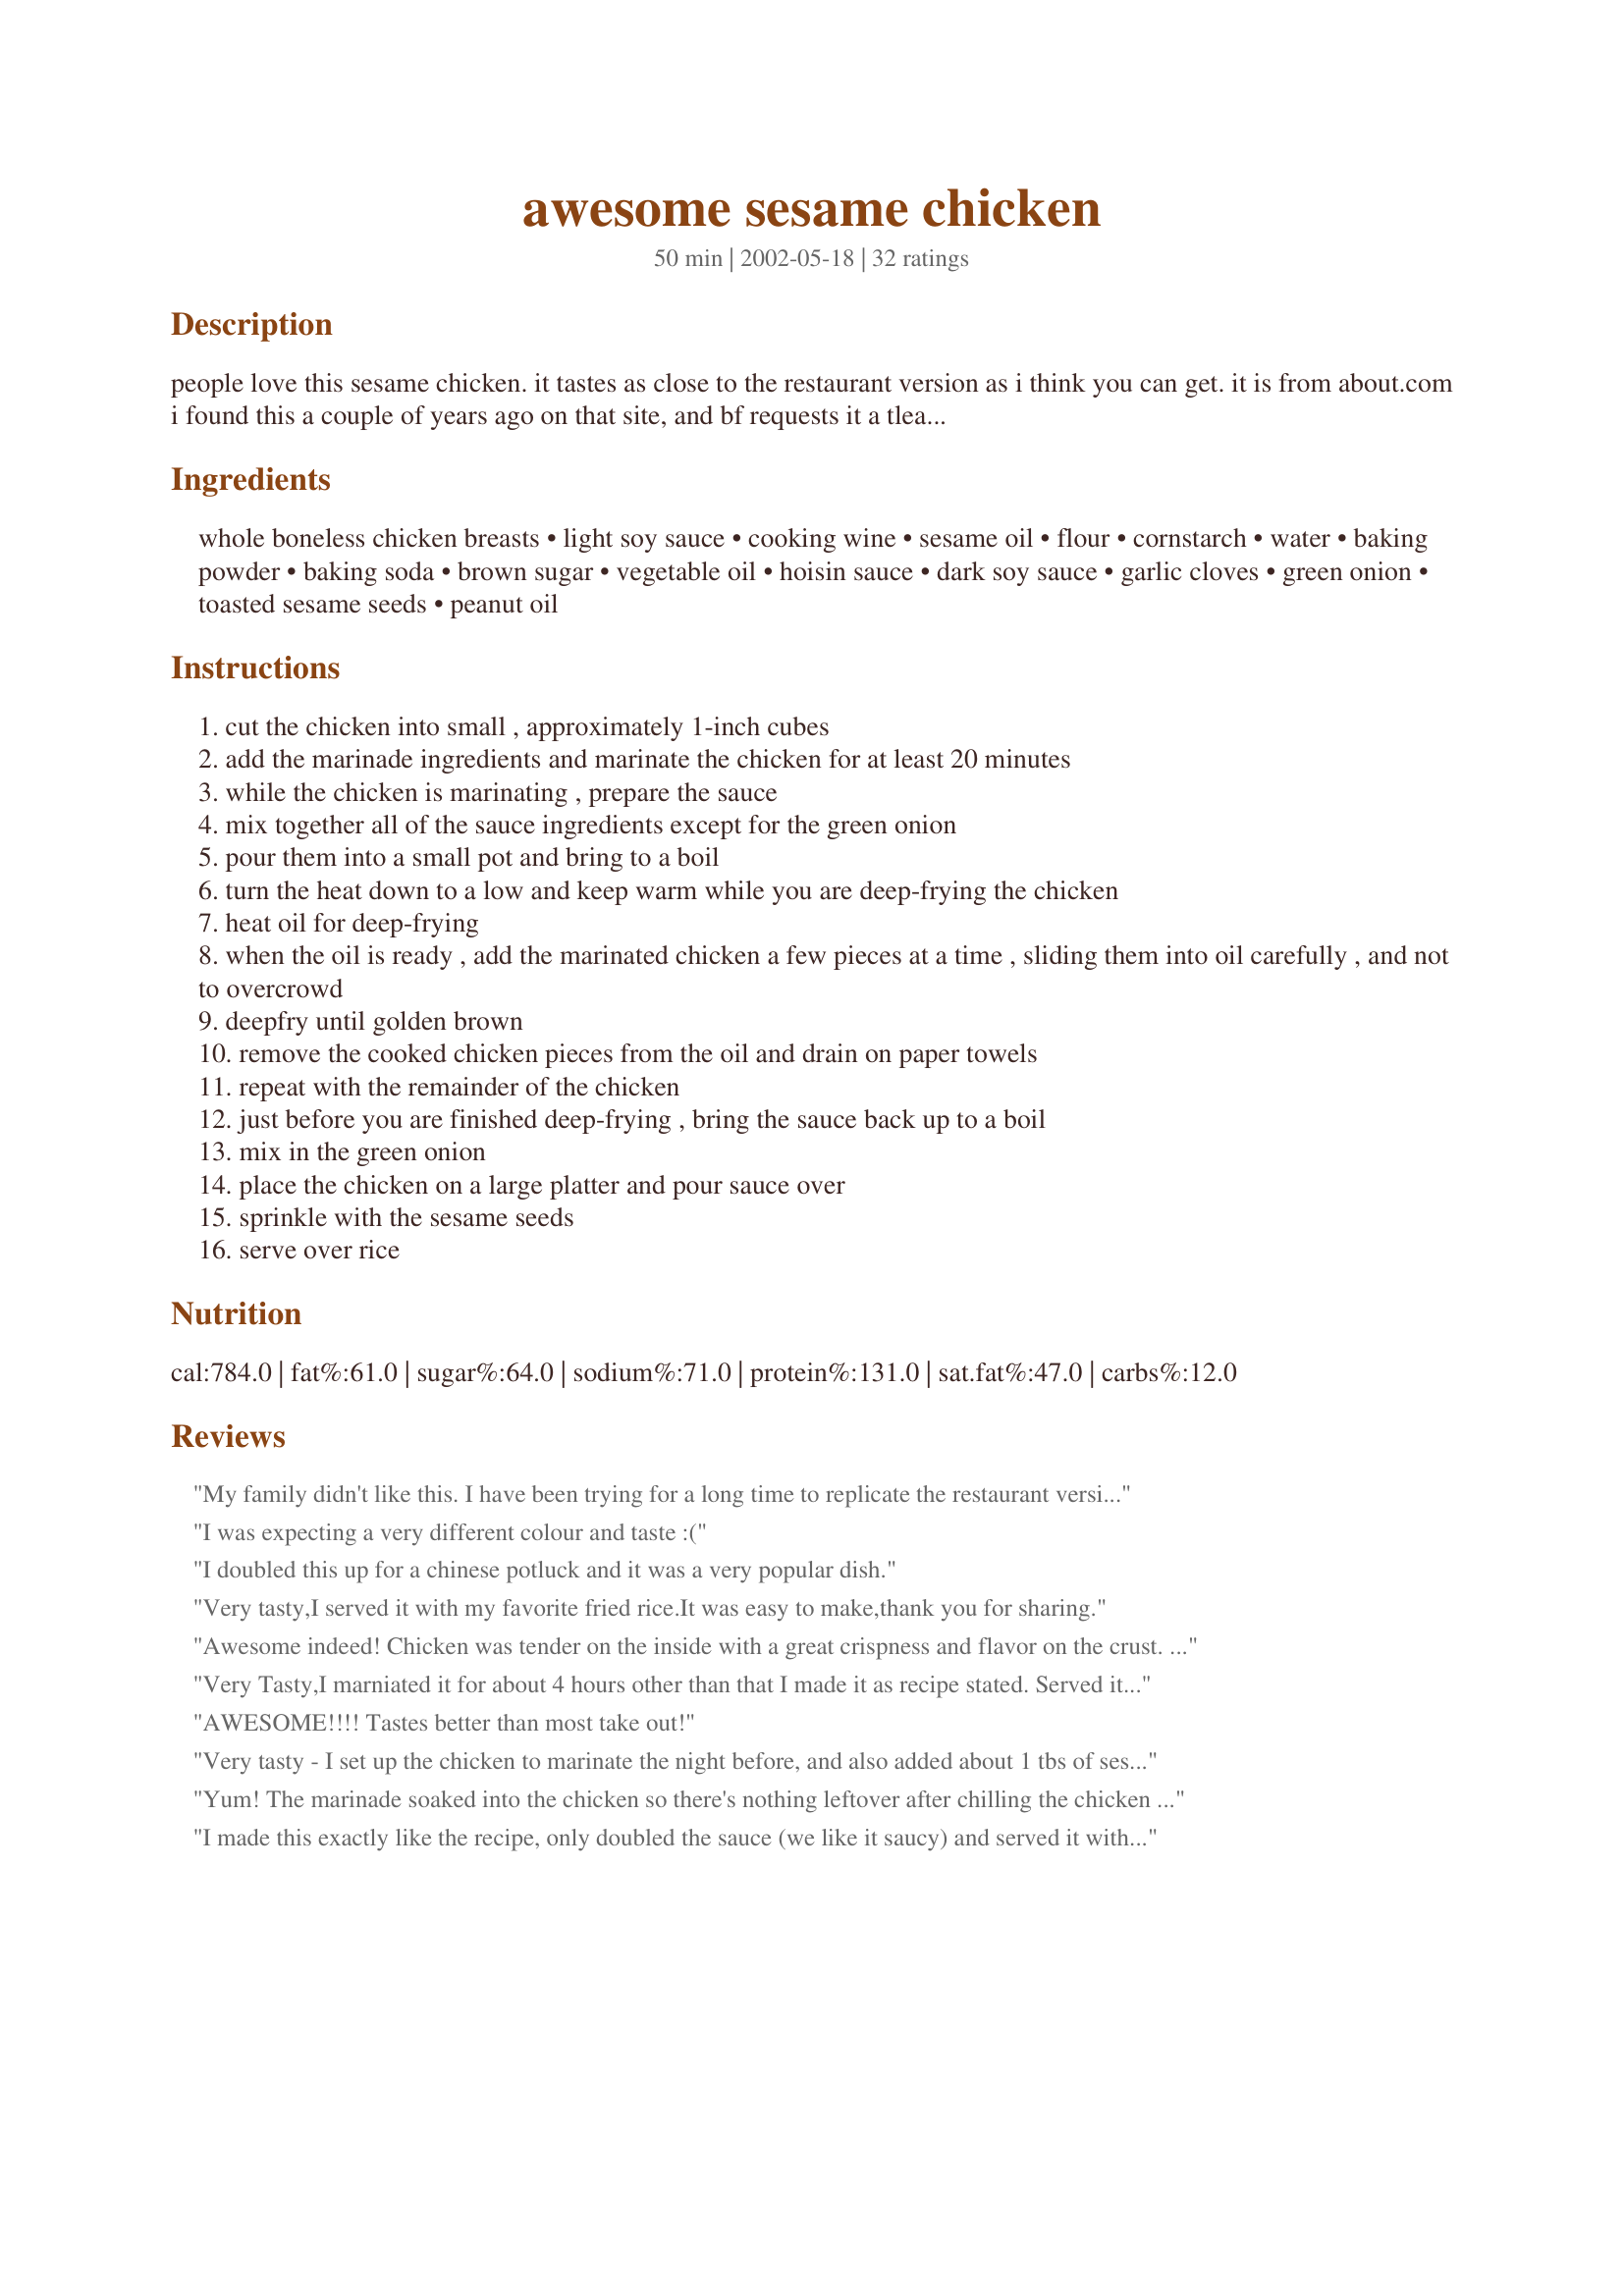
awesome sesame chicken
Preparation time: 50 minutes

people love this sesame chicken. it tastes as close to the restaurant version as i think you can get. it is from about.com i found this a couple of years ago on that site, and bf requests it a tleast 2-3 times a month. it really is great, and although there are a lot of ingredients, it's basically simple to prepare.

Ingredients:
whole boneless chicken breasts, light soy sauce, cooking wine, sesame oil, flour, cornstarch, water, baking powder, baking soda, brown sugar, vegetable oil, hoisin sauce, dark soy sauce, garlic cloves, green onion, toasted sesame seeds, peanut oil

Steps:
cut the chicken into small , approximately 1-inch cubes
add the marinade ingredients and marinate the chicken for at least 20 minutes
while the chicken is marinating , prepare the sauce
mix together all of the sauce ingredients except for the green onion
pour them into a small pot and bring to a boil
turn the heat down to a low and keep warm while you are deep-frying the chicken
heat oil for deep-frying
when the oil is ready , add the marinated chicken a few pieces at a time , sliding them into oil carefully , and not to overcrowd
deepfry until golden brown
remove the cooked chicken pieces from the oil and drain on paper towels
repeat with the remainder of the chicken
just before you are finished deep-frying , bring the sauce back up to a boil
mix in the green onion
place the chicken on a large platter and pour sauce over
sprinkle with the sesame seeds
serve over rice

Reviews:
My family didn't like this. I have been trying for a long time to replicate the restaurant version. This is not it - I think too much hoisin and not enough sweet. Thanks anyway.
I was expecting a very different colour and taste :(
I doubled this up for a chinese potluck and it was a very popular dish.
Very tasty,I served it with my favorite fried rice.It was easy to make,thank you for sharing.
Awesome indeed! Chicken was tender on the inside with a great crispness and flavor on the crust. The sauce was beautiful as well and a perfect consistency. Only change I made was to stir the sesame seeds through the sauce rather than use as a garnish, just a personal preference because I like them better once they've taken up a little moisture. We really enjoyed this served along with some fried rice I cooked in the wok after leaving just a little of the peanut oil after cooking the chicken.
Very Tasty,I marniated it for about 4 hours other than that I made it as recipe stated. Served it with rice, aspargus and a green salad for a lovely dinner. Thank you, for posting this very tasty recipe.
AWESOME!!!! Tastes better than most take out!
Very tasty - I set up the chicken to marinate the night before, and also added about 1 tbs of sesame oil to the sauce. Letting the oil get very hot before adding each batch of chicken cubes helps them cook faster, which really cuts down on the greasy taste you might otherwise taste. Very easy to make, too.
Yum! The marinade soaked into the chicken so there's nothing leftover after chilling the chicken (i marinated it more than 1 1/2hrs). AS for my sauce: I may have added too much cornstarch,bec it turned out too thick! I cooked my chicken in a nonstick pan so i didnt' deep fry the chicken (want to stay on the healthy side)Hoisin is the dominant flavor in this recipe Ü Thanks for sharing
I made this exactly like the recipe, only doubled the sauce (we like it saucy) and served it with chinese noodles-NOT recommended, as the noodles don't reheat well. Great recipe!
I have made this for my family several times and we absolutely love it! Whenever I get a Chinese food craving this is my go to recipe. Thank you for posting!
Delicious. DD and I made this last night for dinner and we enjoyed it very much. The chicken fried up really nice with the marinade. The only thing I did differently was after the chicken was made I drained the oil and but the sauce ingredients into the wok, heated it up with a slurry of cornstarch and water and thickened it up. I then added the meat, mixed it up and then topped with toasted sesame seeds. Great recipe, thank you for sharing with us.
This sure is Awesome Sesame Chicken. Hubby kept going on about how much he liked. We didn't use all the sauce for the meal so put the rest in the freezer.
I have made this recipe several times and we have really enjoyed it. I stir fry the chicken till brown rather than deep fry, and add stir fry broccoli to the chicken. Very good.
Definetely a keeper. I probably wouldn't cook it everyday as it is alittle on the greasy side. but boy, is the sauce a killer or what!
thx bratty, enjoyed it alot.
I think I would add sesame oil to the sauce, and add less sugar. This was delicious and my family inhaled it. I felt it made more like 6 servings, not 3. That includes a 20 year old boy who can eat enormous amounts of food. I served it with asparagus with shallots with a bit of oyster sauce over them, and with white rice. Yum.
We dont have restaurants where we live and boy does this taste like I remember it! I didnt substitute anything and my kids get so excited to find that Im making that for dinner. It is a little time consuming but so worth it. We cook the chicken in our deep fryer at 340 degrees. We find that we now double it for leftovers the nextt day. It heats up great in the microwave Thanks!
Made this for dinner tonight. It was excellent! I can't wait to make it again and really perfect it.
Amazing recipe!! I was unsure at first due to the marinade/batter combo, but it works great. I added extra red chili flakes to the sauce for some extra kick (we like ours spicy), but other than that stayed true to the recipe.
I did not follow the recipe exactly, because I did not do the whole marinade, and fry chicken part of the recipe. I just used frozen popcorn chicken, baked them for 15 minutes, then served rice, with stir fry vegetables, with chicken overtop, and poured the sesame chicken on top, and sprinkled with sesame seeds. So, all I can account for is the sauce, which was very good, but a little thick. I will definitly use again, but I will probably not add as much cornstarch, and might use a tad bit more water. The taste was delicious!
This is a very easy recipe to put together. There is very little prep and if you put the chicken and marinade in a ziploc bag, the marinade stays on the chicken. This was good, but I thought the sauce didn't have the depth that I was looking for. I thought it needed "something". I did end up adding to it. Also, I had never made sesame chicken before and I put the sesame seeds in the sauce to boil.
I loved the sauce and doubled it because I like it over sticky white rice. I hope you don't mind but I used chunks of cod instead of chicken. So it was actually, Awesome Sesame Fish. But the SAUCE is the dish and it was excellent.
Lovely, with a lot of flavor (I added some Szechuan peppers) But the basic recipe is easy and I combined it with an Asian eggplant recipe (as a side dish) served over rice. Great!
This is definantly 5 star ! My husband and step kids here in the UK love it and my own grown children in the USA have me make it now whenever I am home for a visit! Its easy and delicious!! Thanks for sharing this recipe with us !
Great recipe, next best thing to restaurant stuff. Only downside is that clean-up is a pain. Once you get the ingredients you'll want to make it every week.
Excellent recipe! I'm vegetarian, so I used tofu wedges instead of chicken and it was absolutely delicious!
Thanks for this recipe, we totally LOVED it. It was a little more work than I expected, but so worth it. I was a bit concerned about using that marinade coating as a batter for deep frying, but it came out fine, you get to taste chicken instead of tons of flour. I couldn't find the brown sugar, so I substitued w/a little white sugar and some honey. Once the chicken was fried, I soaked up all the extra grease w/paper towels and mixed it all in the pot w/the sauce and let it soak in for 20 minutes on low heat. Served with white rice and mixed chinese veggies.
My son just LOVES seasame chicken from our favorite place 60 miles from home. When I found this recipe and made it, He LOVED it!! I think he is an expert on it. Next time, I might just stir fry the chicken rather than deep frying it, just to try and keep it healthy. The sauce is out of this world. I did a tablespoon of honey to it, to help smooth out the edges. Over all, a great recipe, easy to make, and definately double the sauce!!!
I would give it a six star if I can! We enjoyed this last night for dinner and my kids wanted more!! Definitely a keeper!
REVIEW FOR SAUCE ONLY.

I thought this sauce was good but too sweet, and too hoisin-y. I added about a tablespoon of rice vinegar for tang. I also added red pepper flakes and Srirarcha sauce for heat- Sesame chicken is supposed to be spicy!

I served this over steamed broccoli, green onions, and stirfried tofu. It was delicious!
I made this last night and found it much too sweet for me. I would omit the brown sugar in the sauce next time. (There is already some in the marinade).
The marinade I loved....the chicken was crisp and tasty. I mistakenly added the sesame seeds into the sauce mix before cooking, but it was fine.
I will make this again...Donna
My BF owns several restaurants and he loves Chinese food. Orange Chicken has been his favorite, but he said last night that he has a new favorite, "Sesame Chicken!" I added chili peppers and chili paste to the sauce because he likes his Chinese Food hot. Other than that I only used the ingredients in the recipe. I marinated the chicken for about 2 hours.
